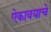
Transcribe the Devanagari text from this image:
ऐकावयाचे